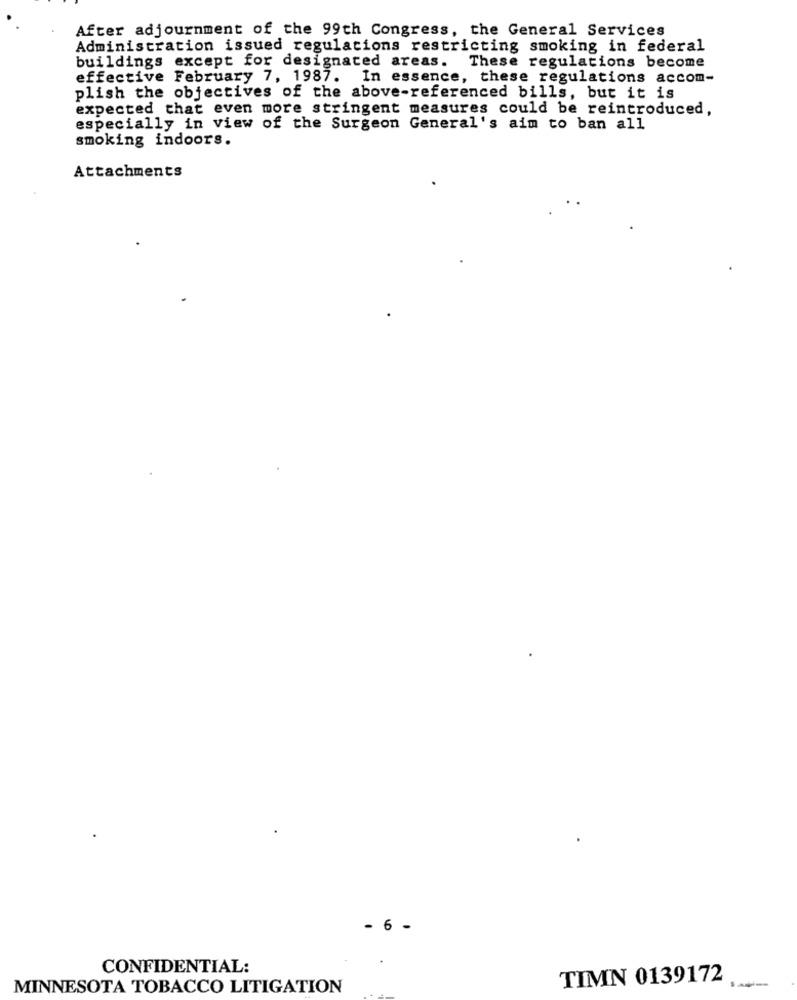
After adjournment of the 99th Congress, the General Services
Administration issued regulations restricting smoking in federal
buildings except for designated areas.
These regulations become
effective February 7, 1987. In essence, these regulations accom-
plish the objectives of the above-referenced bills, but it is
expected that even more stringent measures could be reintroduced,
especially in view of the Surgeon General's aim to ban all
smoking indoors.
Attachments
- 6 -
CONFIDENTIAL:
TIMN 0139172
MINNESOTA TOBACCO LITIGATION